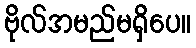
ဗိုလ်အမည်မရှိပေ။